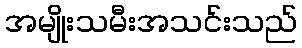
အမျိုးသမီးအသင်းသည်